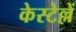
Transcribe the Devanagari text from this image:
केस्टेल्लें